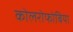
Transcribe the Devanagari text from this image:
कोलरोफोबिया